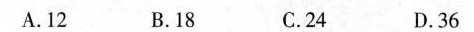
A.12 B.18 C.24 D.36